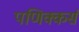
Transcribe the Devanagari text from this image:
पणिक्कर्स